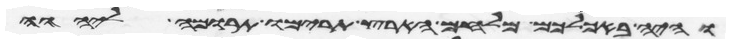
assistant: והיה באכלכם מלחם הארץ תרימו תרומה ליהוה